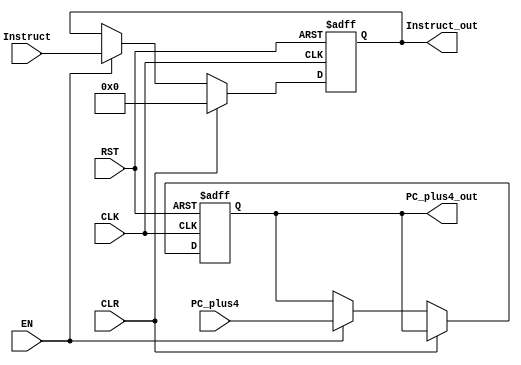
module RegF (
input CLK, RST, EN, CLR,
input [31:0] Instruct,
input [31:0] PC_plus4,
output reg [31:0] Instruct_out,
output reg [31:0] PC_plus4_out
);

always @(posedge CLK or negedge RST) begin
if(!RST) begin
Instruct_out <= 32'b0;
PC_plus4_out <= 32'b0;
end
else if (CLR) Instruct_out <= 32'b0;
else if (EN) begin
Instruct_out <= Instruct;
PC_plus4_out <= PC_plus4;
end
end

endmodule